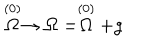
LaTeX: \stackrel { ( 0 ) } { \Omega } \rightarrow \Omega = \stackrel { ( 0 ) } { \Omega } + g